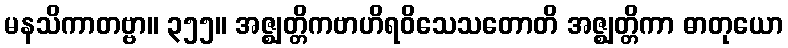
မနသိကာတဗ္ဗာ။ ၃၅၅။ အဇ္ဈတ္တိကဗာဟိရဝိသေသတောတိ အဇ္ဈတ္တိကာ ဓာတုယော